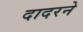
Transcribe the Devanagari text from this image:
दादरने